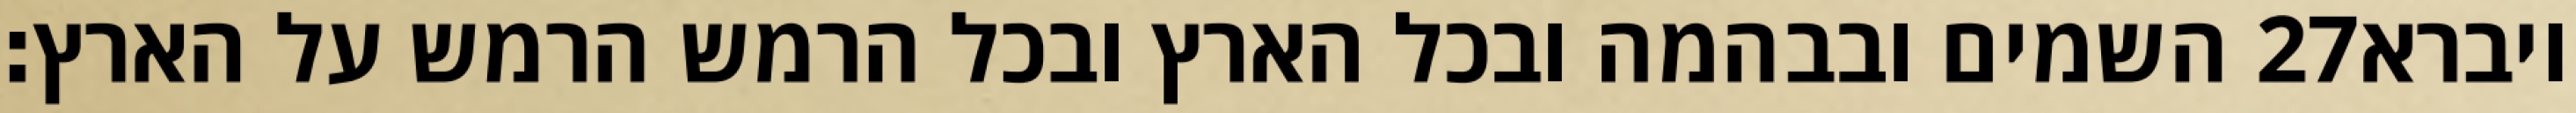
השמים ובבהמה ובכל הארץ ובכל הרמש הרמש על הארץ׃ ‎27‏ ויברא